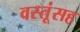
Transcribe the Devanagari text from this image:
वस्तूंसह